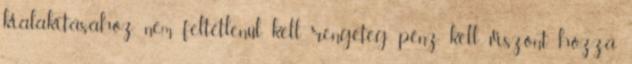
kialakításához, nem feltétlenül kell rengeteg pénz, kell viszont hozzá